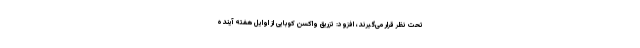
تحت نظر قرار می‌گیرند، افزود: تزریق واکسن کوبایی از اوایل هفته آینده